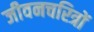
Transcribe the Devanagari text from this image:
जीवनचरित्रों